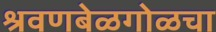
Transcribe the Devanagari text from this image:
श्रवणबेळगोळचा